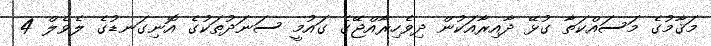
މަޤާމުގެ މަސައްކަތާ ގުޅޭ ދާއިރާއަކުން ދިވެހިރާއްޖޭގެ ގައުމީ ސަނަދުތަކުގެ އޮނިގަނޑުގެ ލެވެލް 4